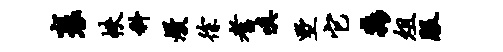
裹帙科熳徐耆嗔墅它淼俎服